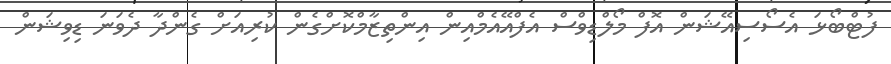
ފުޓްބޯޅަ އެސޯސިއޭޝަން އޮފް މޯލްޑިވްސް އެފްއޭއެމްއިން އިންތިޒާމްކޮށްގެން ކުރިއަށް ގެންދާ ދެވަނަ ޑިވިޝަން